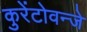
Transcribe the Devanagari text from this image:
कुरेंटोवन्जे